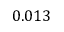
0 . 0 1 3